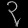
Digit: ၃